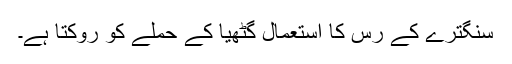
سنگترے کے رس کا استعمال گٹھیا کے حملے کو روکتا ہے۔